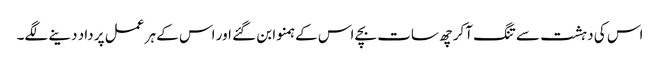
اس کی دہشت سے تنگ آکر چھ سات بچے اس کے ہمنوا بن گئے اور اس کے ہر عمل پر داد دینے لگے۔